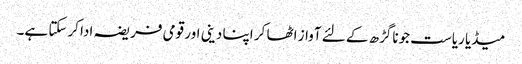
میڈیا ریاست جوناگڑھ کے لئے آواز اٹھا کر اپنا دینی اور قومی فریضہ ادا کرسکتا ہے۔